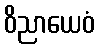
ဝိညာယေဝံ